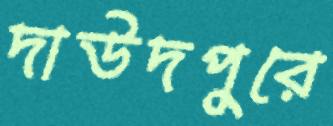
দাউদপুরে